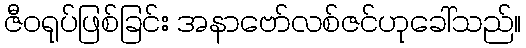
ဇီဝရုပ်ဖြစ်ခြင်း အနာဗော်လစ်ဇင်ဟုခေါ်သည်။